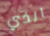
الذي